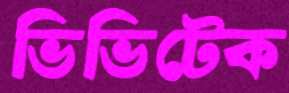
ভিভিটেক